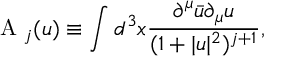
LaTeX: \mathrm { ~ \cal { A } ~ } _ { j } ( u ) \equiv \int d ^ { 3 } x \frac { \partial ^ { \mu } \bar { u } \partial _ { \mu } u } { ( 1 + | u | ^ { 2 } ) ^ { j + 1 } } ,